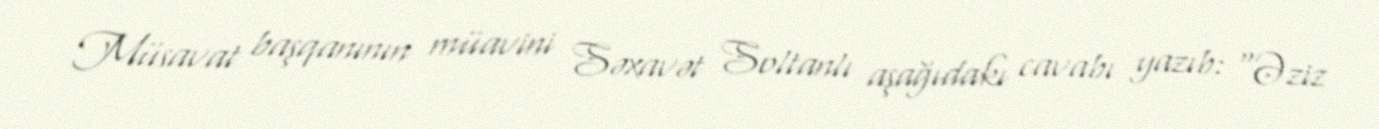
Müsavat başqanının müavini Səxavət Soltanlı aşağıdakı cavabı yazıb: "Əziz